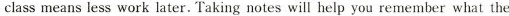
class means less work later. Taking notes will help you remember what the